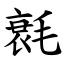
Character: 㲤